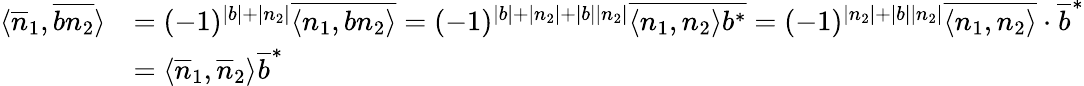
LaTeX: \begin{array}{rl}{\langle\overline{{n}}_{1},\overline{{bn_{2}}}\rangle}&{=(-1)^{|b|+|n_{2}|}\overline{{\langle n_{1},bn_{2}\rangle}}=(-1)^{|b|+|n_{2}|+|b||n_{2}|}\overline{{\langle n_{1},n_{2}\rangle b^{*}}}=(-1)^{|n_{2}|+|b||n_{2}|}\overline{{\langle n_{1},n_{2}\rangle}}\cdot\overline{{b}}^{*}}\\ &{=\langle\overline{{n}}_{1},\overline{{n}}_{2}\rangle\overline{{b}}^{*}}\end{array}